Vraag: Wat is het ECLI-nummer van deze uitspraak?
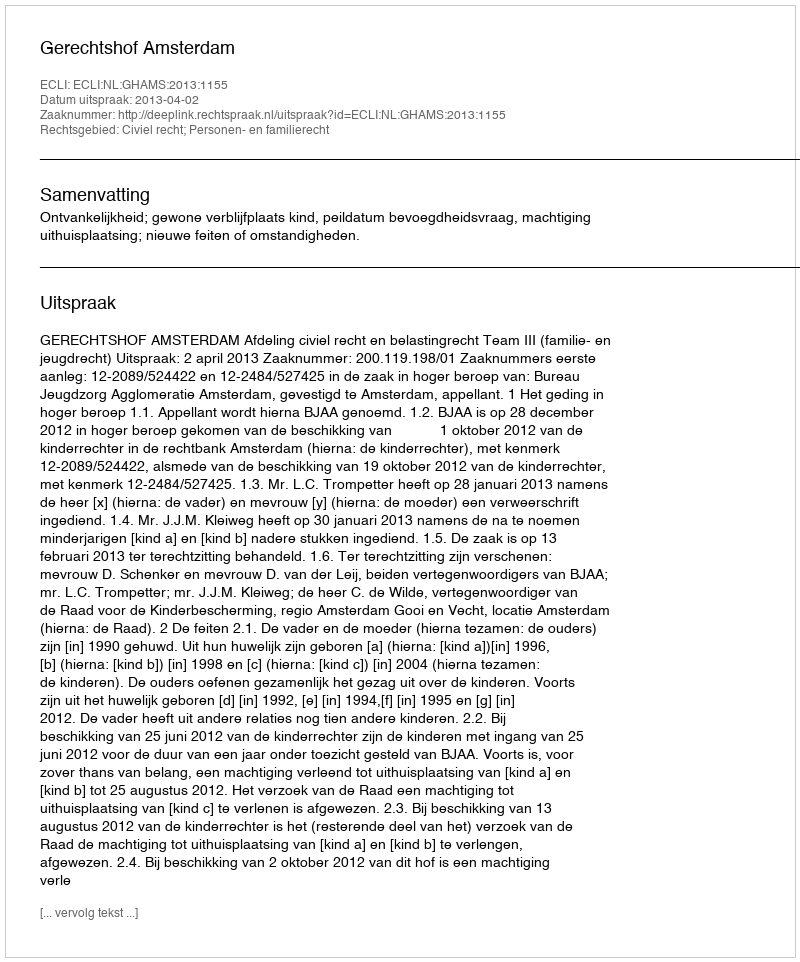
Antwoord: ECLI:NL:GHAMS:2013:1155